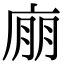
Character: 𢉁